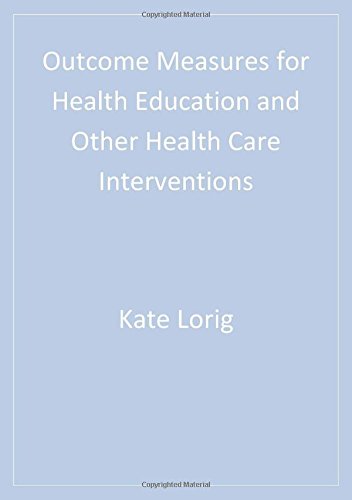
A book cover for Outcome Measures for Health Education and Other Health Care Interventions; Kate Lorig  RN  DrPH; Medical Books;